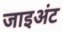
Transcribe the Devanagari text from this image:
जाइअंट